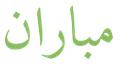
مباران